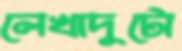
লেখাদুটো